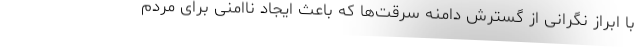
با ابراز نگرانی از گسترش دامنه سرقت‌ها که باعث ایجاد ناامنی برای مردم